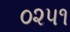
૦૨૫૧